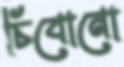
চিবোনো